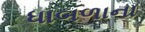
ધાબળાના